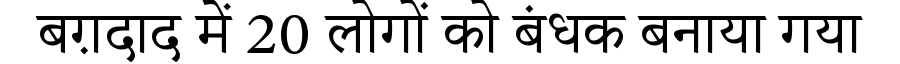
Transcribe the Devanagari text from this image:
बग़दाद में 20 लोगों को बंधक बनाया गया